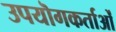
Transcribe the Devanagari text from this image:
उपयॊगकर्ताओं